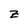
Character: z